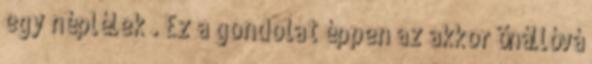
egy néplélek”. Ez a gondolat éppen az akkor önállóvá